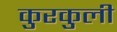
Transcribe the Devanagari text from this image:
कुरकुली